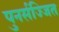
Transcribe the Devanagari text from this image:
पुनर्सज्जित